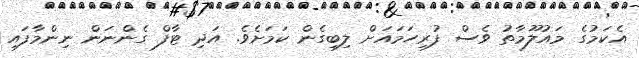
އެކަމުގެ މައުލޫމާތު ވެސް ފުރިހަމައަށް ލިބިގެން ކަމަށެވެ. އަދި ޓާފް ގެންނަން ނިންމާފައި